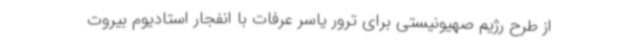
از طرح رژیم صهیونیستی برای ترور یاسر عرفات با انفجار استادیوم بیروت